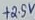
Text: +2.5V